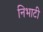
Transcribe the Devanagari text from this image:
निभाटी